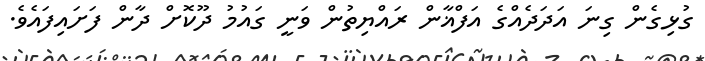
ގުޅިގެން ގިނަ އަދަދެއްގެ އަފްޣާން ރައްޔިތުން ވަނީ ގައުމު ދޫކޮށް ދާން ފަށައިފައެވެ.